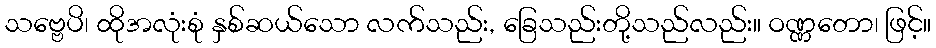
သဗ္ဗေပိ၊ ထိုအလုံးစုံ နှစ်ဆယ်သော လက်သည်း, ခြေသည်းတို့သည်လည်း။ ဝဏ္ဏတော၊ ဖြင့်။